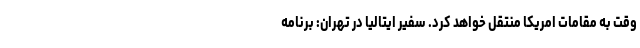
وقت به مقامات امریکا منتقل خواهد کرد. سفیر ایتالیا در تهران: برنامه